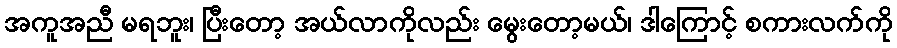
အကူအညီ မရဘူး၊ ပြီးတော့ အယ်လာကိုလည်း မွေးတော့မယ်၊ ဒါကြောင့် စကားလက်ကို